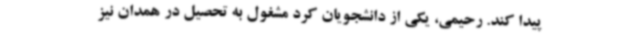
پیدا کند. رحیمی، یکی از دانشجویان کرد مشغول به تحصیل در همدان نیز